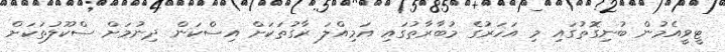
ޓީވީއެމުން ބުނިގޮތުގައި މި އަހަރުގެ މުބާރާތުގައި އަމިއްލަ ރާގުތަކަށް އިސްކަން ދިނުމަށް ސްކޫލުތަކަށް